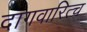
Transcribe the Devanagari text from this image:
दागवारित्च